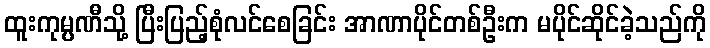
ထူးကုမ္ပဏီသို့ ပြီးပြည့်စုံလင်စေခြင်း အာဏာပိုင်တစ်ဦးက မပိုင်ဆိုင်ခဲ့သည်ကို